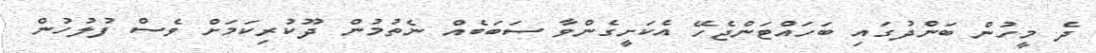
ދެ މީހުން ބަންދުގައި ބަހައްޓަންޖެހޭ އެކަށީގެންވާ ސަަބަބެއް ނެތުމުން ދޫކުރިކަމަށް ވެސް ފުލުހުން